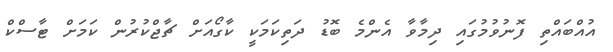
އުއްބައްތި ފޮނުވުމުގައި ދިމާވާ އެންމެ ބޮޑު ދަތިކަމަކީ ކާގޯއަށް ޗާޖްކުރުން ކަމަށް ޓާސްކް